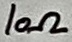
Text: 10Ω